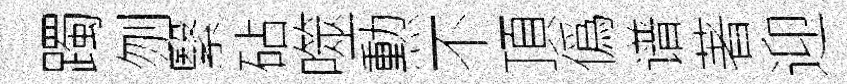
躅刎繄砧噬勲不頂僞谱著迎